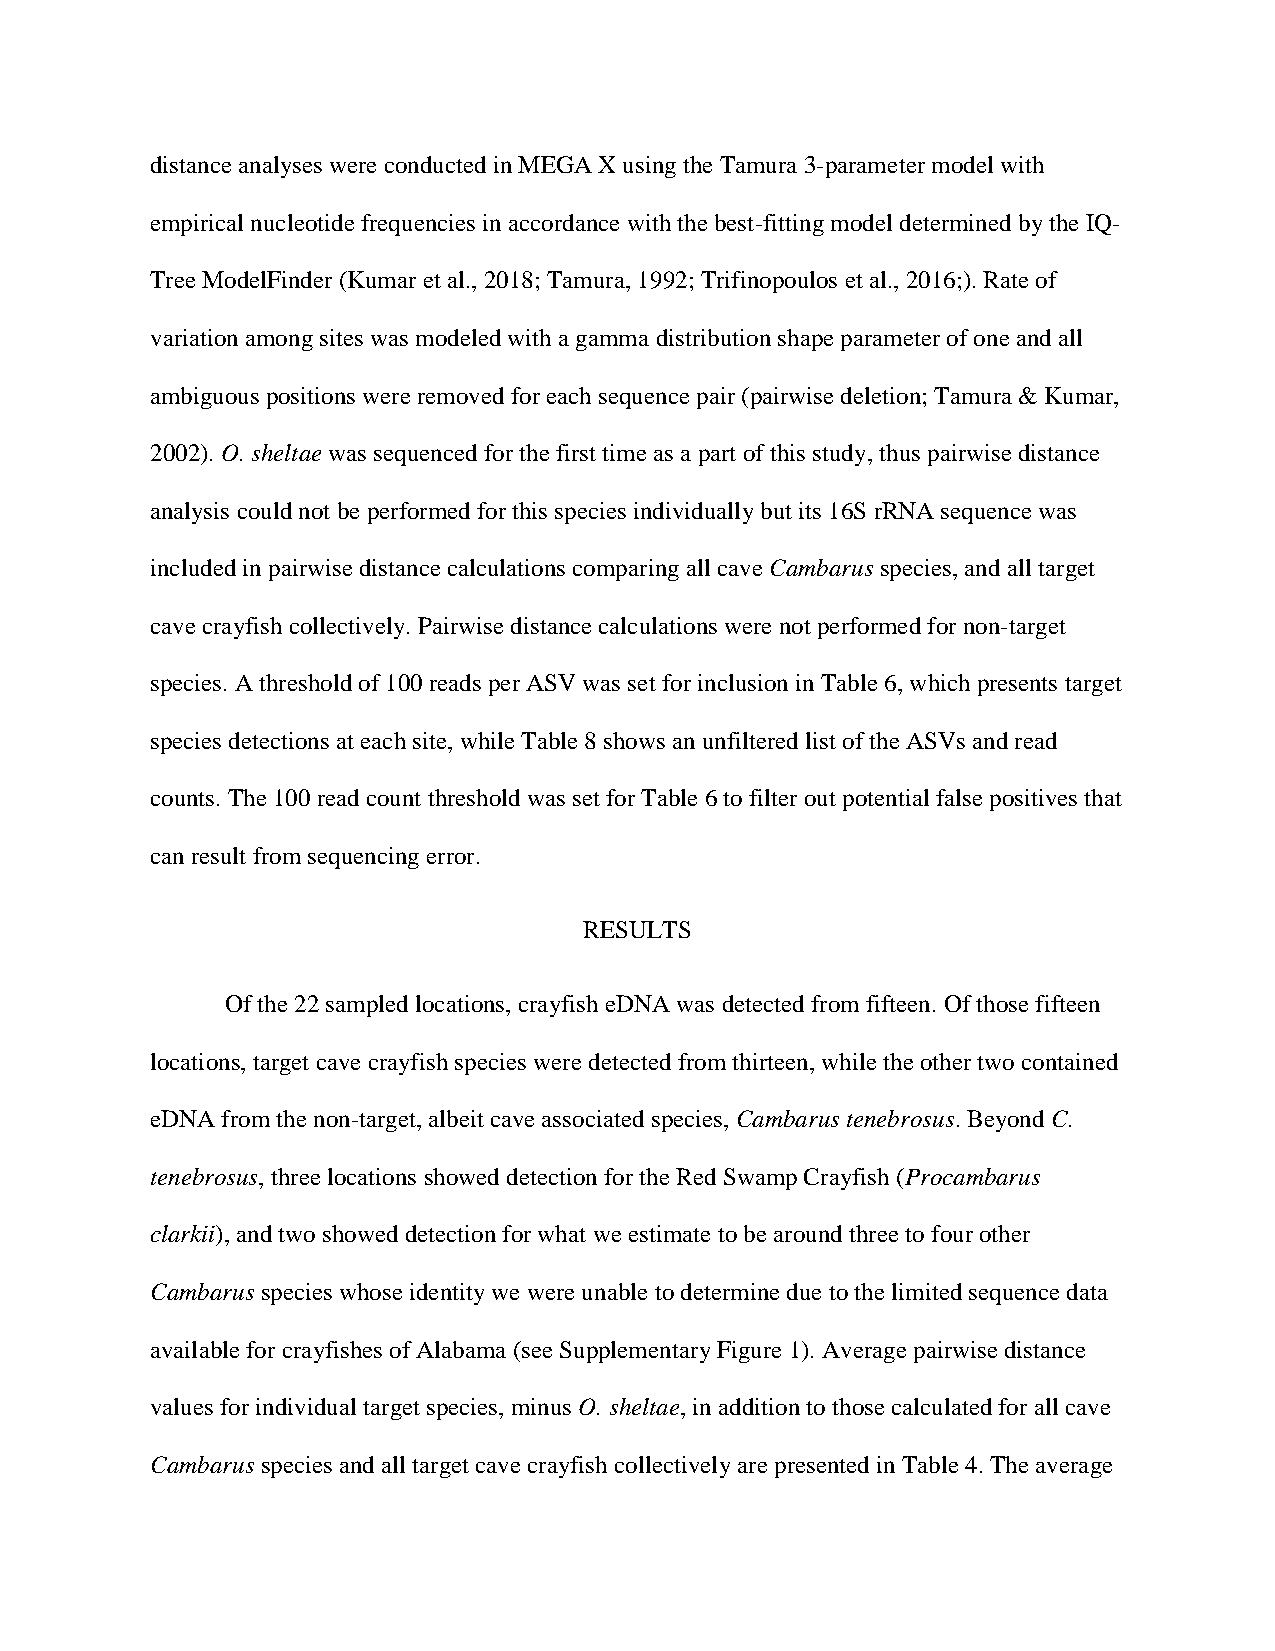
distance analyses were conducted in MEGA X using the Tamura 3-parameter model with
 empirical nucleotide frequencies in accordance with the best-fitting model determined by the IQ-
 Tree ModelFinder (Kumar et al., 2018; Tamura, 1992; Trifinopoulos et al., 2016;). Rate of
 variation among sites was modeled with a gamma distribution shape parameter of one and all
 ambiguous positions were removed for each sequence pair (pairwise deletion; Tamura & Kumar,
 2002). O. sheltae was sequenced for the first time as a part of this study, thus pairwise distance
 analysis could not be performed for this species individually but its 16S rRNA sequence was
 included in pairwise distance calculations comparing all cave Cambarus species, and all target
 cave crayfish collectively. Pairwise distance calculations were not performed for non-target
 species. A threshold of 100 reads per ASV was set for inclusion in Table 6, which presents target
 species detections at each site, while Table 8 shows an unfiltered list of the ASVs and read
 counts. The 100 read count threshold was set for Table 6 to filter out potential false positives that
 can result from sequencing error.
 RESULTS
 Of the 22 sampled locations, crayfish eDNA was detected from fifteen. Of those fifteen
 locations, target cave crayfish species were detected from thirteen, while the other two contained
 eDNA from the non-target, albeit cave associated species, Cambarus tenebrosus. Beyond C.
 tenebrosus, three locations showed detection for the Red Swamp Crayfish (Procambarus
 clarkii), and two showed detection for what we estimate to be around three to four other
 Cambarus species whose identity we were unable to determine due to the limited sequence data
 available for crayfishes of Alabama (see Supplementary Figure 1). Average pairwise distance
 values for individual target species, minus O. sheltae, in addition to those calculated for all cave
 Cambarus species and all target cave crayfish collectively are presented in Table 4. The average